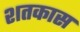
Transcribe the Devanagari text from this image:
शतकास